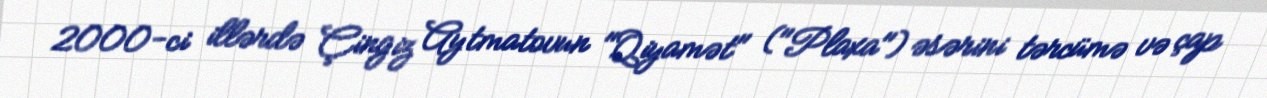
2000-ci illərdə Çingiz Aytmatovun "Qiyamət" ("Plaxa") əsərini tərcümə və çap